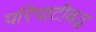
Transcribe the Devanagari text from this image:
परिपाटीबद्ध